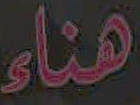
هناء